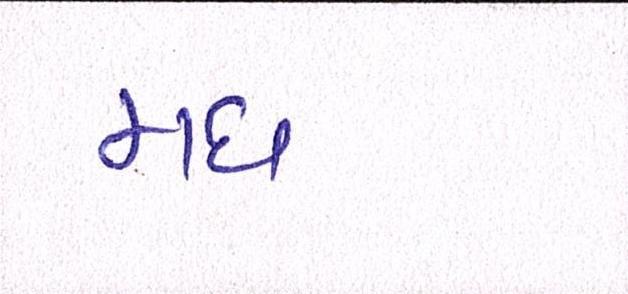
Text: મધ